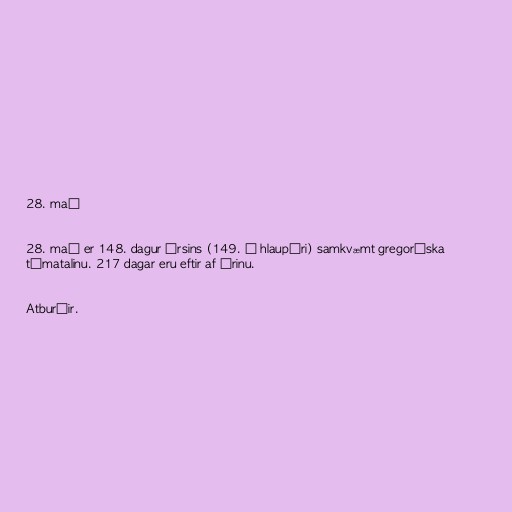
28. maí

28. maí er 148. dagur ársins (149. á hlaupári) samkvæmt gregoríska
tímatalinu. 217 dagar eru eftir af árinu.

Atburðir.